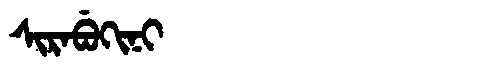
Manchu: ᠰᡳᡵᠠᠪᡠᡴᡳᠨᡳ
Romanization: SIRABUKINI